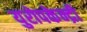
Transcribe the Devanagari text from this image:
युरोपकेन्द्री